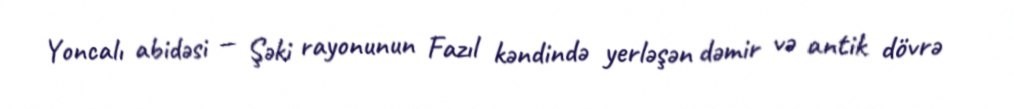
Yoncalı abidəsi — Şəki rayonunun Fazıl kəndində yerləşən dəmir və antik dövrə